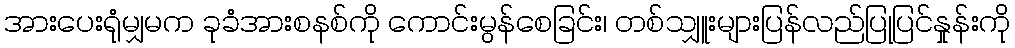
အားပေးရုံမျှမက ခုခံအားစနစ်ကို ကောင်းမွန်စေခြင်း၊ တစ်သျှူးများပြန်လည်ပြုပြင်နှုန်းကို